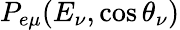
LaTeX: P_{e\mu}(E_{\nu},\cos\theta_{\nu})